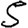
Digit: 5